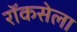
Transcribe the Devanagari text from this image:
रॉकसेला